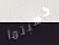
ذهبتما